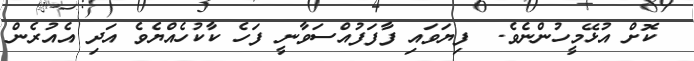
ކޮށް އުޅޭމީހުންނެވެ.  ފިޔަވައި ފާފަފުއްސަވާނީ ފަހެ ކާކުހެއްޔެވެ އަދި އެއުރެން